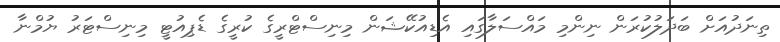
ތިނަދުއަށް ބަދަލުކުރަން ނިންމި މައްސަލާގައި އެޑިއުކޭޝަން މިނިސްޓްރީގެ ކުރީގެ ޑެޕިއުޓީ މިނިސްޓަރު ޔުމްނާ